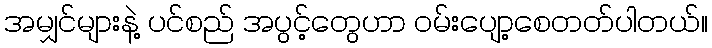
အမျှင်များနဲ့ ပင်စည် အပွင့်တွေဟာ ဝမ်းပျော့စေတတ်ပါတယ်။